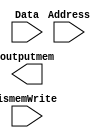
module MainMemory(
    input wire [31:0] Address,
    input wire [7:0] Data,
    input wire [0:0] ismemWrite,

    output wire [7:0] outputmem
);

reg [7:0] Address_last8bits;

always @(*) begin
    if(ismemWrite) begin
        // $display("Write executed");
        Address_last8bits <= 8'd0; // Default
    end
    else begin
        // $display("Read executed");
        Address_last8bits <= Address[7:0] ;
    end
end

assign outputdata = Address_last8bits;

endmodule